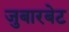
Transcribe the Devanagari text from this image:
जुबारबेट